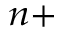
^ { n + }